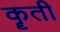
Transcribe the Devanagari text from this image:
कॄती